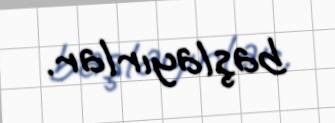
başlayırlar.